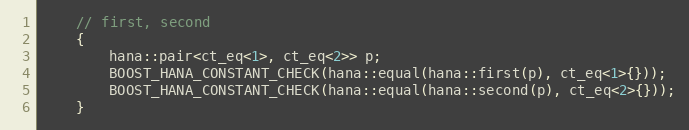
Language: C++
    // first, second
    {
        hana::pair<ct_eq<1>, ct_eq<2>> p;
        BOOST_HANA_CONSTANT_CHECK(hana::equal(hana::first(p), ct_eq<1>{}));
        BOOST_HANA_CONSTANT_CHECK(hana::equal(hana::second(p), ct_eq<2>{}));
    }